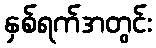
နှစ်ရက်အတွင်း